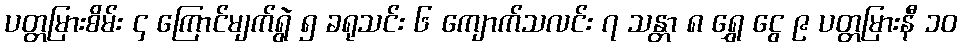
ပတ္တမြားစိမ်း ၄ ကြောင်မျက်ရွဲ ၅ ခရုသင်း ၆ ကျောက်သလင်း ၇ သန္တာ ၈ ရွှေ ငွေ ၉ ပတ္တမြားနီ ၁၀